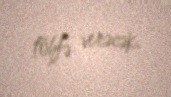
töhfə verəcək.